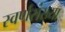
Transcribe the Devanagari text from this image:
स्वर्णसंख्या